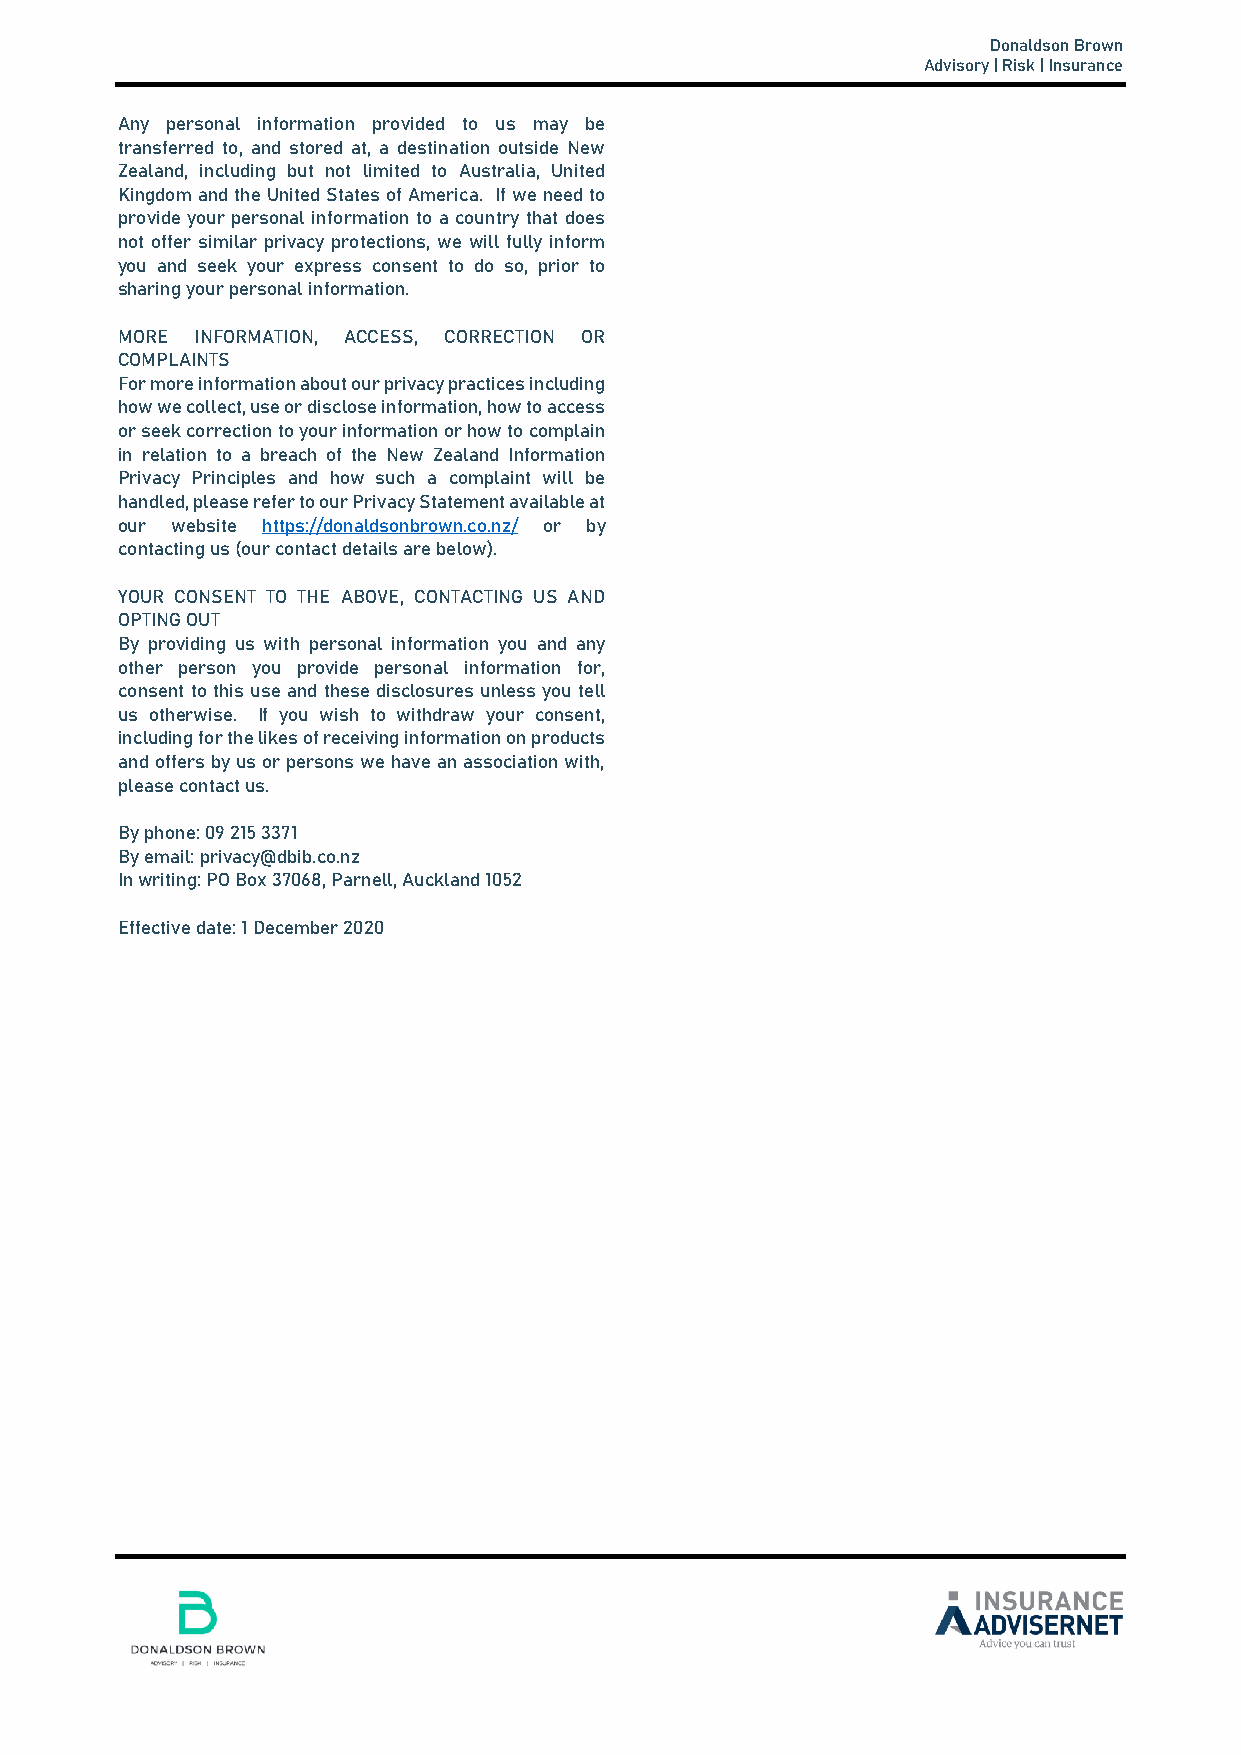
Donaldson Brown
 Advisory | Risk | Insurance
 Any personal information provided to us may be
 transferred to, and stored at, a destination outside New
 Zealand, including but not limited to Australia, United
 Kingdom and the United States of America. If we need to
 provide your personal information to a country that does
 not offer similar privacy protections, we will fully inform
 you and seek your express consent to do so, prior to
 sharing your personal information.
 MORE INFORMATION, ACCESS, CORRECTION OR
 COMPLAINTS
 For more information about our privacy practices including
 how we collect, use or disclose information, how to access
 or seek correction to your information or how to complain
 in relation to a breach of the New Zealand Information
 Privacy Principles and how such a complaint will be
 handled, please refer to our Privacy Statement available at
 our website https://donaldsonbrown.co.nz/ or by
 contacting us (our contact details are below).
 YOUR CONSENT TO THE ABOVE, CONTACTING US AND
 OPTING OUT
 By providing us with personal information you and any
 other person you provide personal information for,
 consent to this use and these disclosures unless you tell
 us otherwise. If you wish to withdraw your consent,
 including for the likes of receiving information on products
 and offers by us or persons we have an association with,
 please contact us.
 By phone: 09 215 3371
 By email: privacy@dbib.co.nz
 In writing: PO Box 37068, Parnell, Auckland 1052
 Effective date: 1 December 2020